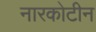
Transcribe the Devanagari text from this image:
नारकोटीन